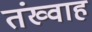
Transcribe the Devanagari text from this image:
तंख्वाह